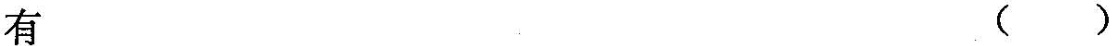
有（ ）